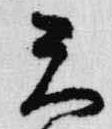
天